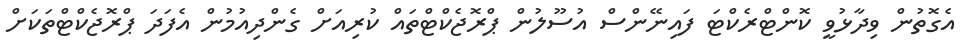
އެގޮތުން ވިދާޅުވީ ކޮންޓްރެކްޓަ ފައިނޭންސް އުސޫލުން ޕްރޮޖެކްޓްތައް ކުރިއަށް ގެންދިއުމުން އެފަދަ ޕްރޮޖެކްޓްތަކަށް